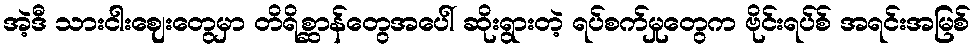
အဲ့ဒီ သားငါးဈေးတွေမှာ တိရိစ္ဆာန်တွေအပေါ် ဆိုးရွားတဲ့ ရပ်စက်မှုတွေက ဗိုင်းရပ်စ် အရင်းအမြစ်